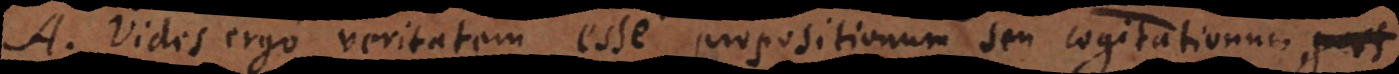
A. Vides ergo veritatem esse propositionum seu cogitationum,